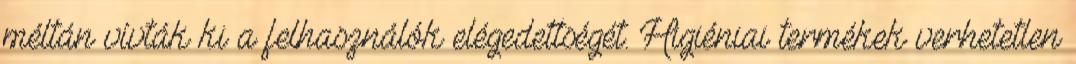
méltán vívták ki a felhasználók elégedettségét. Higiéniai termékek verhetetlen